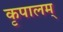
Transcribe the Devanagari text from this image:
कृपालम्